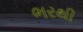
ભરથી